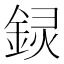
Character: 𬫟